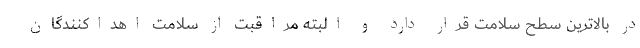
در بالاترین سطح سلامت قرار دارد و البته مراقبت از سلامت اهداکنندگان